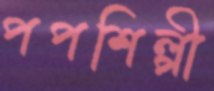
পপশিল্পী